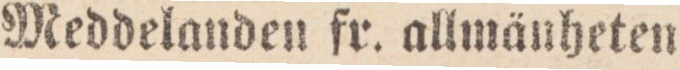
Meddelanden fr. allmänheten.